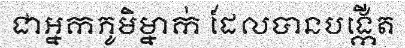
ជាអ្នកភូមិម្នាក់ ដែលបានបង្កើត